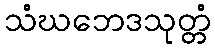
သံဃဘေဒသုတ္တံ